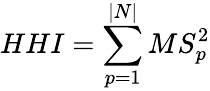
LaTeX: HHI=\sum_{p=1}^{|N|}MS_{p}^{2}